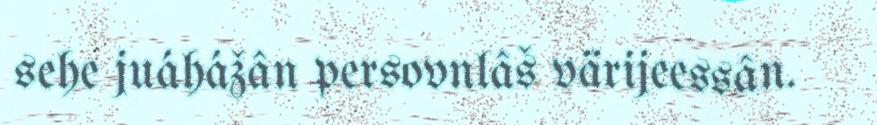
sehe juáhážân persovnlâš värijeessân.